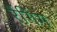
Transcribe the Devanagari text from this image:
रैंगिंग